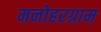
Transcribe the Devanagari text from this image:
मनोहरग्राम